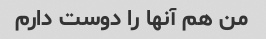
من هم آنها را دوست دارم